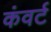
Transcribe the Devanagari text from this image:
कंवर्ट